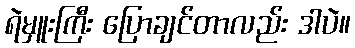
ရဲမှူးကြီး ပြောချင်တာလည်း ဒါပဲ။